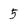
Character: 5